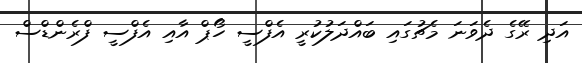
އަދި ރޭގެ ދެވަނަ މެޗުގައި ބައްދަލުކުރީ އެފްސީ ހޯޕް އާއި އެފްސީ ފްރެންޑްސް